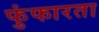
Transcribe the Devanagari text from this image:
फुंफारता